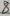
Text: 8